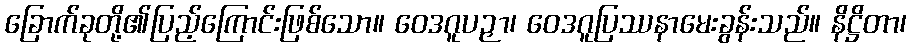
ခြောက်ခုတို့၏ပြည့်ကြောင်းဖြစ်သော။ ဝေဒဂူပဉှာ၊ ဝေဒဂူပြဿနာမေးခွန်းသည်။ နိဋ္ဌိတာ၊